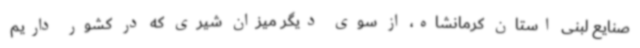
صنایع لبنی استان کرمانشاه، از سوی دیگر میزان شیری که در کشور داریم